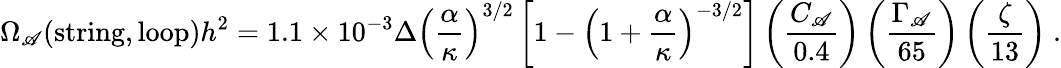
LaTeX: \Omega_{\mathscr{A}}(\mathrm{{string}},\mathrm{{loop}})h^{2}=1.1\times10^{-3}\Delta\left(\frac{{\alpha}}{{\kappa}}\right)^{3/2}\left[1-\left(1+\frac{{\alpha}}{{\kappa}}\right)^{-3/2}\right]\left(\frac{{C_{\mathscr{A}}}}{{0.4}}\right)\left(\frac{{\Gamma_{\mathscr{A}}}}{{65}}\right)\left(\frac{{\zeta}}{{13}}\right)\ .